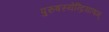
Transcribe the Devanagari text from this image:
पुरुषस्येन्द्रियाणाम्